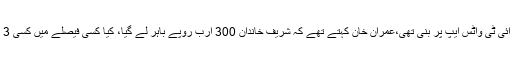
ان کا کہنا تھا کہ جے آئی ٹی واٹس ایپ پر بنی تھی،عمران خان کہتے تھے کہ شریف خاندان 300 ارب روپے باہر لے گیا، کیا کسی فیصلے میں کسی 3 ارب کا بھی ذکر ہے؟